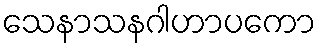
သေနာသနဂါဟာပကော